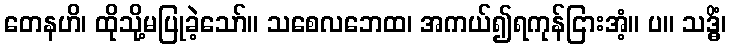
တေနဟိ၊ ထိုသို့မပြုခဲ့သော်။ သစေလဘေထ၊ အကယ်၍ရကုန်ငြားအံ့။ ပ။ သဒ္ဓိံ၊